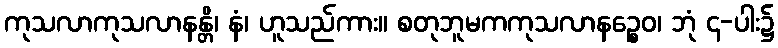
ကုသလာကုသလာနန္တိ၊ နံ၊ ဟူသည်ကား။ စတုဘူမကကုသလာနဉ္စေဝ၊ ဘုံ ၄-ပါး၌